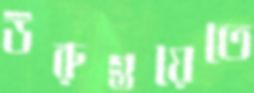
উরুগুয়েতে